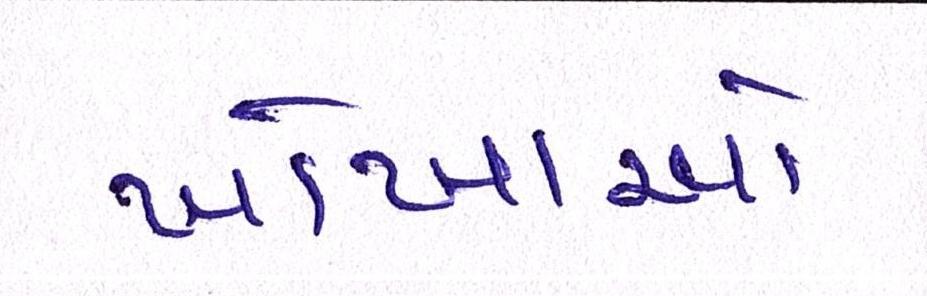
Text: ખોખાઓ